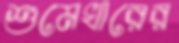
শুমেখারের